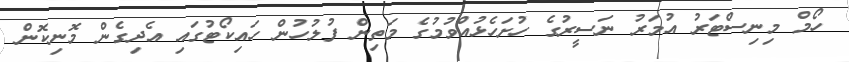
ހޯމް މިނިސްޓަރު އުމަރު ނަސީރުގެ ހުށަހެޅުއްވުމުގެ މަތިން ފުލުހުން ހައިކޯޓުގައި އެދިގެން މޮނިކޮން